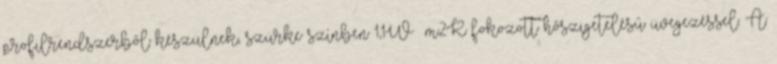
profilrendszerből készülnek, szürke színben 1,1W m2K fokozott hőszigetelésű üvegezéssel. A